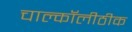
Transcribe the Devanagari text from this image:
चाल्कॉलीठीक